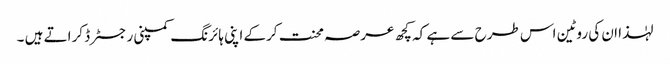
لہٰذا ان کی روٹین اس طرح سے ہے کہ کچھ عرصہ محنت کرکے اپنی ہائرنگ کمپنی رجسٹرڈ کراتے ہیں ۔